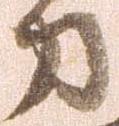
刀